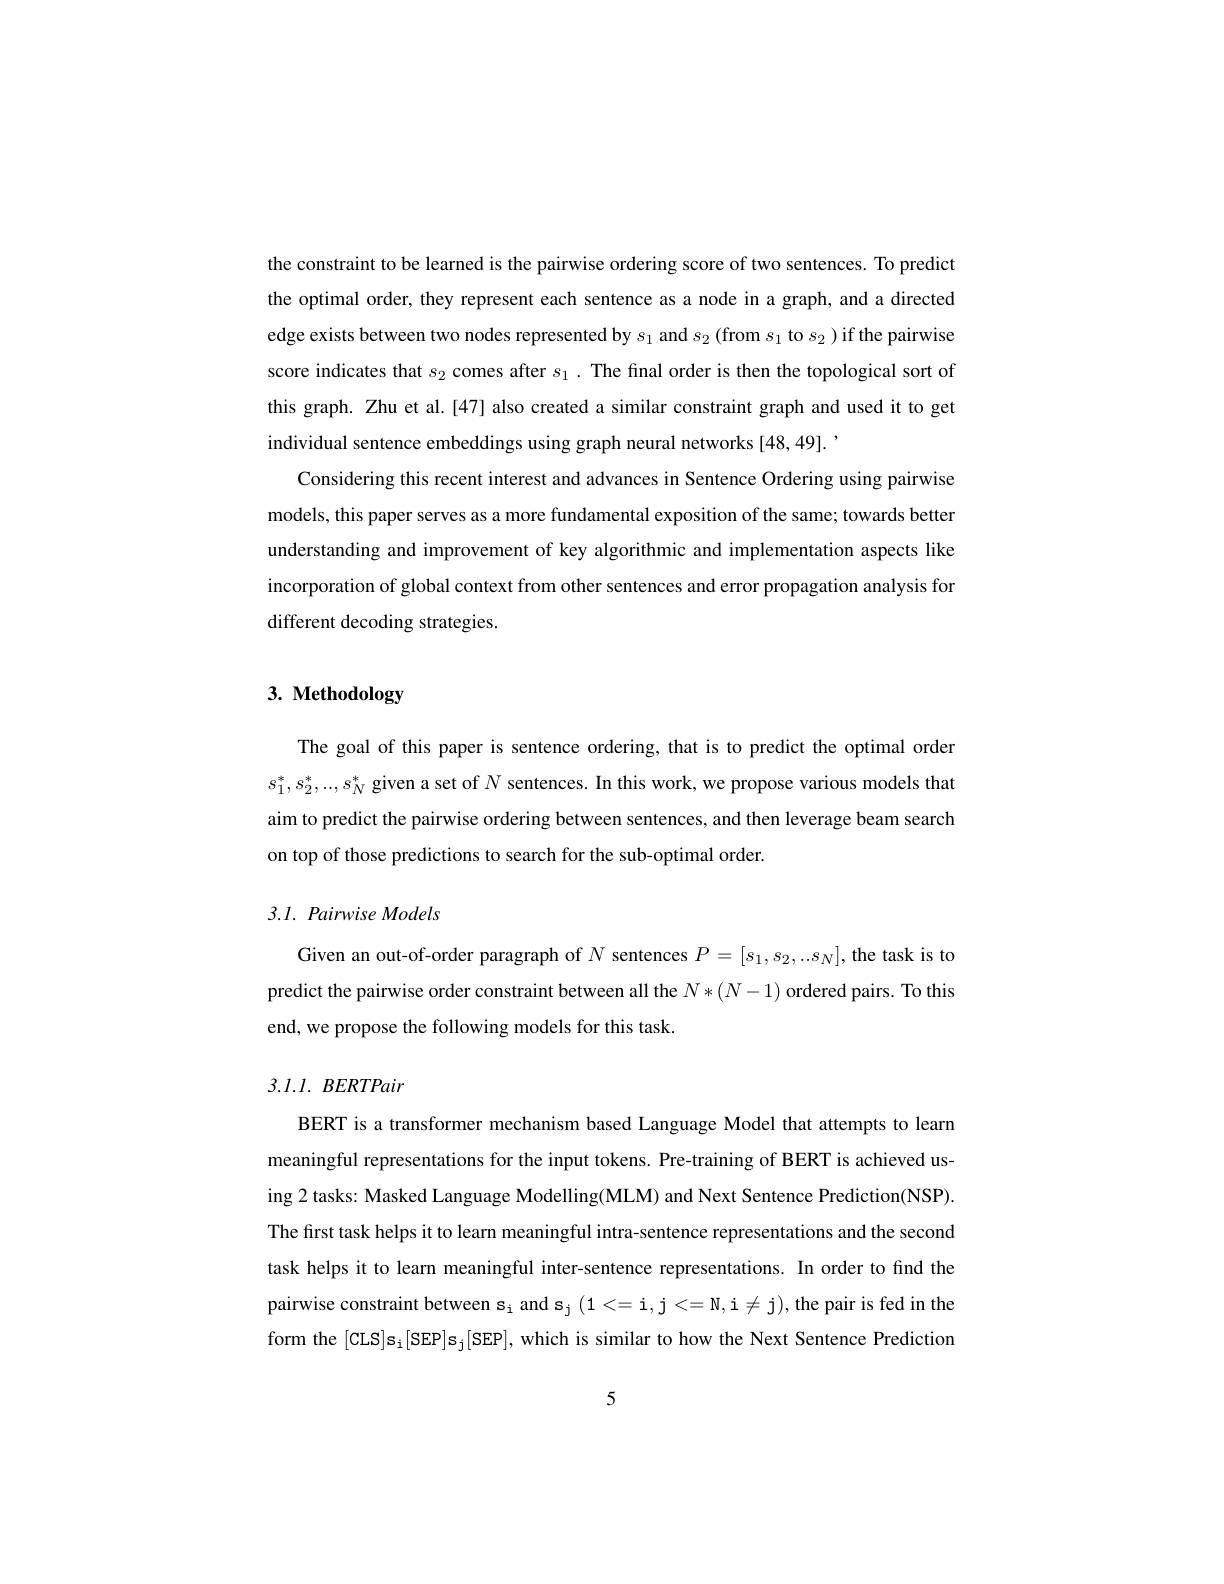
the constraint to be learned is the pairwise ordering score of two sentences. To predict the optimal order, they represent each sentence as a node in a graph, and a directed edge exists between two nodes represented by $s_1$ and $s_2($from $s_1$ to $s_2)$ if the pairwise score indicates that $s_2$ comes after $s_1.$ The final order is then the topological sort of this graph. Zhu et al.[47] also created a similar constraint graph and used it to get individual sentence embeddings using graph neural networks [48,49].
Considering this recent interest and advances in Sentence Ordering using pairwise models, this paper serves as a more fundamental exposition of the same; towards better understanding and improvement of key algorithmic and implementation aspects like incorporation of global context from other sentences and error propagation analysis for different decoding strategies.

# 3. Methodology

The goal of this paper is sentence ordering, that is to predict the optimal order $s_1^*,s_2^*,..,s_N^*$ given a set of $N$ sentences. In this work, we propose various models that aim to predict the pairwise ordering between sentences, and then leverage beam search on top of those predictions to search for the sub-optimal order

## 3.1. Pairwise Models

Given an out-of-order paragraph of $N$ sentences $P=[s_1,s_2,..s_N]$, the task is to predict the pairwise order constraint between all the $N*(N-1)$ ordered pairs. To this end, we propose the following models for this task.

# $3. l. l.$ BERTPair

BERT is a transformer mechanism based Language Model that attempts to learn meaningful representations for the input tokens. Pre-training of BERT is achieved using 2 tasks: Masked Language Modelling(MLM) and Next Sentence Prediction(NSP). The first task helps it to learn meaningful intra-sentence representations and the second task helps it to learn meaningful inter-sentence representations. In order to find the pairwise constraint between $\mathbf{s}_{\mathrm{i}}$ and s$_{\mathrm{j}}\left(1<=\mathrm{i},\mathrm{j}<=\mathrm{N},\mathrm{i}\neq\mathrm{j}\right)$,the pair is fed in the form the [CLS]s$_{\mathrm{i}}[$SEP]s$_{\mathrm{j}}[$SEP], which is similar to how the Next Sentence Prediction

5